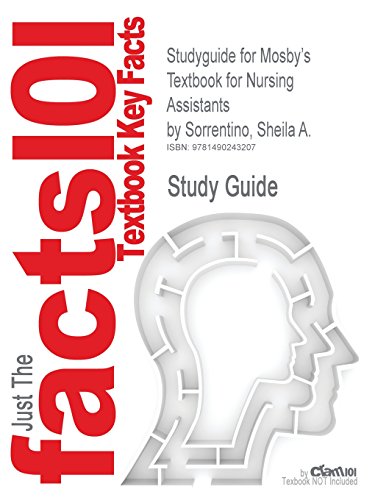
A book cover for Studyguide for Mosby's Textbook for Nursing Assistants by Sorrentino, Sheila A., ISBN 9780323080675; Cram101 Textbook Reviews; Medical Books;